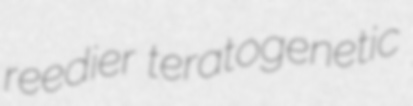
reedier teratogenetic